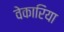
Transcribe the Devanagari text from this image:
वेकारिया